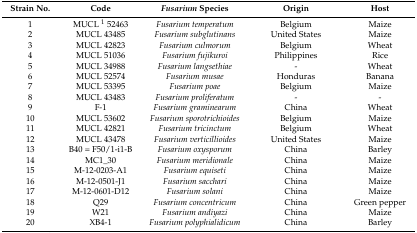
<table><thead><tr><td><b>Strain No.</b></td><td><b>Code</b></td><td><b><i>Fusarium</i> Species</b></td><td><b>Origin</b></td><td><b>Host</b></td></tr></thead><tbody><tr><td>1</td><td>MUCL <sup>1</sup> 52463</td><td><i>Fusarium temperatum</i></td><td>Belgium</td><td>Maize</td></tr><tr><td>2</td><td>MUCL 43485</td><td><i>Fusarium subglutinans</i></td><td>United States </td><td>Maize</td></tr><tr><td>3</td><td>MUCL 42823</td><td><i>Fusarium culmorum</i></td><td>Belgium</td><td>Wheat</td></tr><tr><td>4</td><td>MUCL 51036</td><td><i>Fusarium fujikuroi</i></td><td>Philippines</td><td>Rice</td></tr><tr><td>5</td><td>MUCL 34988</td><td><i>Fusarium langsethiae</i></td><td>-</td><td>Wheat</td></tr><tr><td>6</td><td>MUCL 52574</td><td><i>Fusarium musae</i></td><td>Honduras</td><td>Banana</td></tr><tr><td>7</td><td>MUCL 53395</td><td><i>Fusarium poae</i></td><td>Belgium</td><td>Maize</td></tr><tr><td>8</td><td>MUCL 43483</td><td><i>Fusarium proliferatum</i></td><td>-</td><td>-</td></tr><tr><td>9</td><td>F-1</td><td><i>Fusarium graminearum</i></td><td>China</td><td>Wheat</td></tr><tr><td>10</td><td>MUCL 53602 </td><td><i>Fusarium sporotrichioides</i></td><td>Belgium</td><td>Maize</td></tr><tr><td>11</td><td>MUCL 42821</td><td><i>Fusarium tricinctum</i></td><td>Belgium</td><td>Wheat</td></tr><tr><td>12</td><td>MUCL 43478</td><td><i>Fusarium verticillioides</i></td><td>United States</td><td>Maize</td></tr><tr><td>13</td><td>B40 = F50/1-i1-B</td><td><i>Fusarium oxysporum</i></td><td>China</td><td>Barley</td></tr><tr><td>14</td><td>MC1_30</td><td><i>Fusarium meridionale</i></td><td>China</td><td>Maize</td></tr><tr><td>15</td><td>M-12-0203-A1</td><td><i>Fusarium equiseti</i></td><td>China</td><td>Maize</td></tr><tr><td>16</td><td>M-12-0501-J1</td><td><i>Fusarium sacchari</i></td><td>China</td><td>Maize</td></tr><tr><td>17</td><td>M-12-0601-D12</td><td><i>Fusarium solani</i></td><td>China</td><td>Maize</td></tr><tr><td>18</td><td>Q29</td><td><i>Fusarium concentricum</i></td><td>China</td><td>Green pepper</td></tr><tr><td>19</td><td>W21</td><td><i>Fusarium andiyazi</i></td><td>China</td><td>Maize</td></tr><tr><td>20</td><td>XB4-1</td><td><i>Fusarium polyphialidicum</i></td><td>China</td><td>Barley</td></tr></tbody></table>